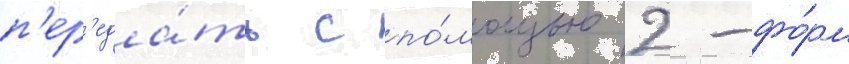
п'ер'еда́ть с по́мощью 2-фо́рм